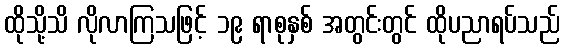
ထိုသို့သိ လိုလာကြသဖြင့် ၁၉ ရာစုနှစ် အတွင်းတွင် ထိုပညာရပ်သည်